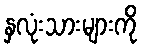
နှလုံးသားများကို